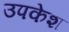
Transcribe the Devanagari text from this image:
उपकेश